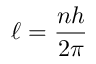
\ell = { \frac { n h } { 2 \pi } }